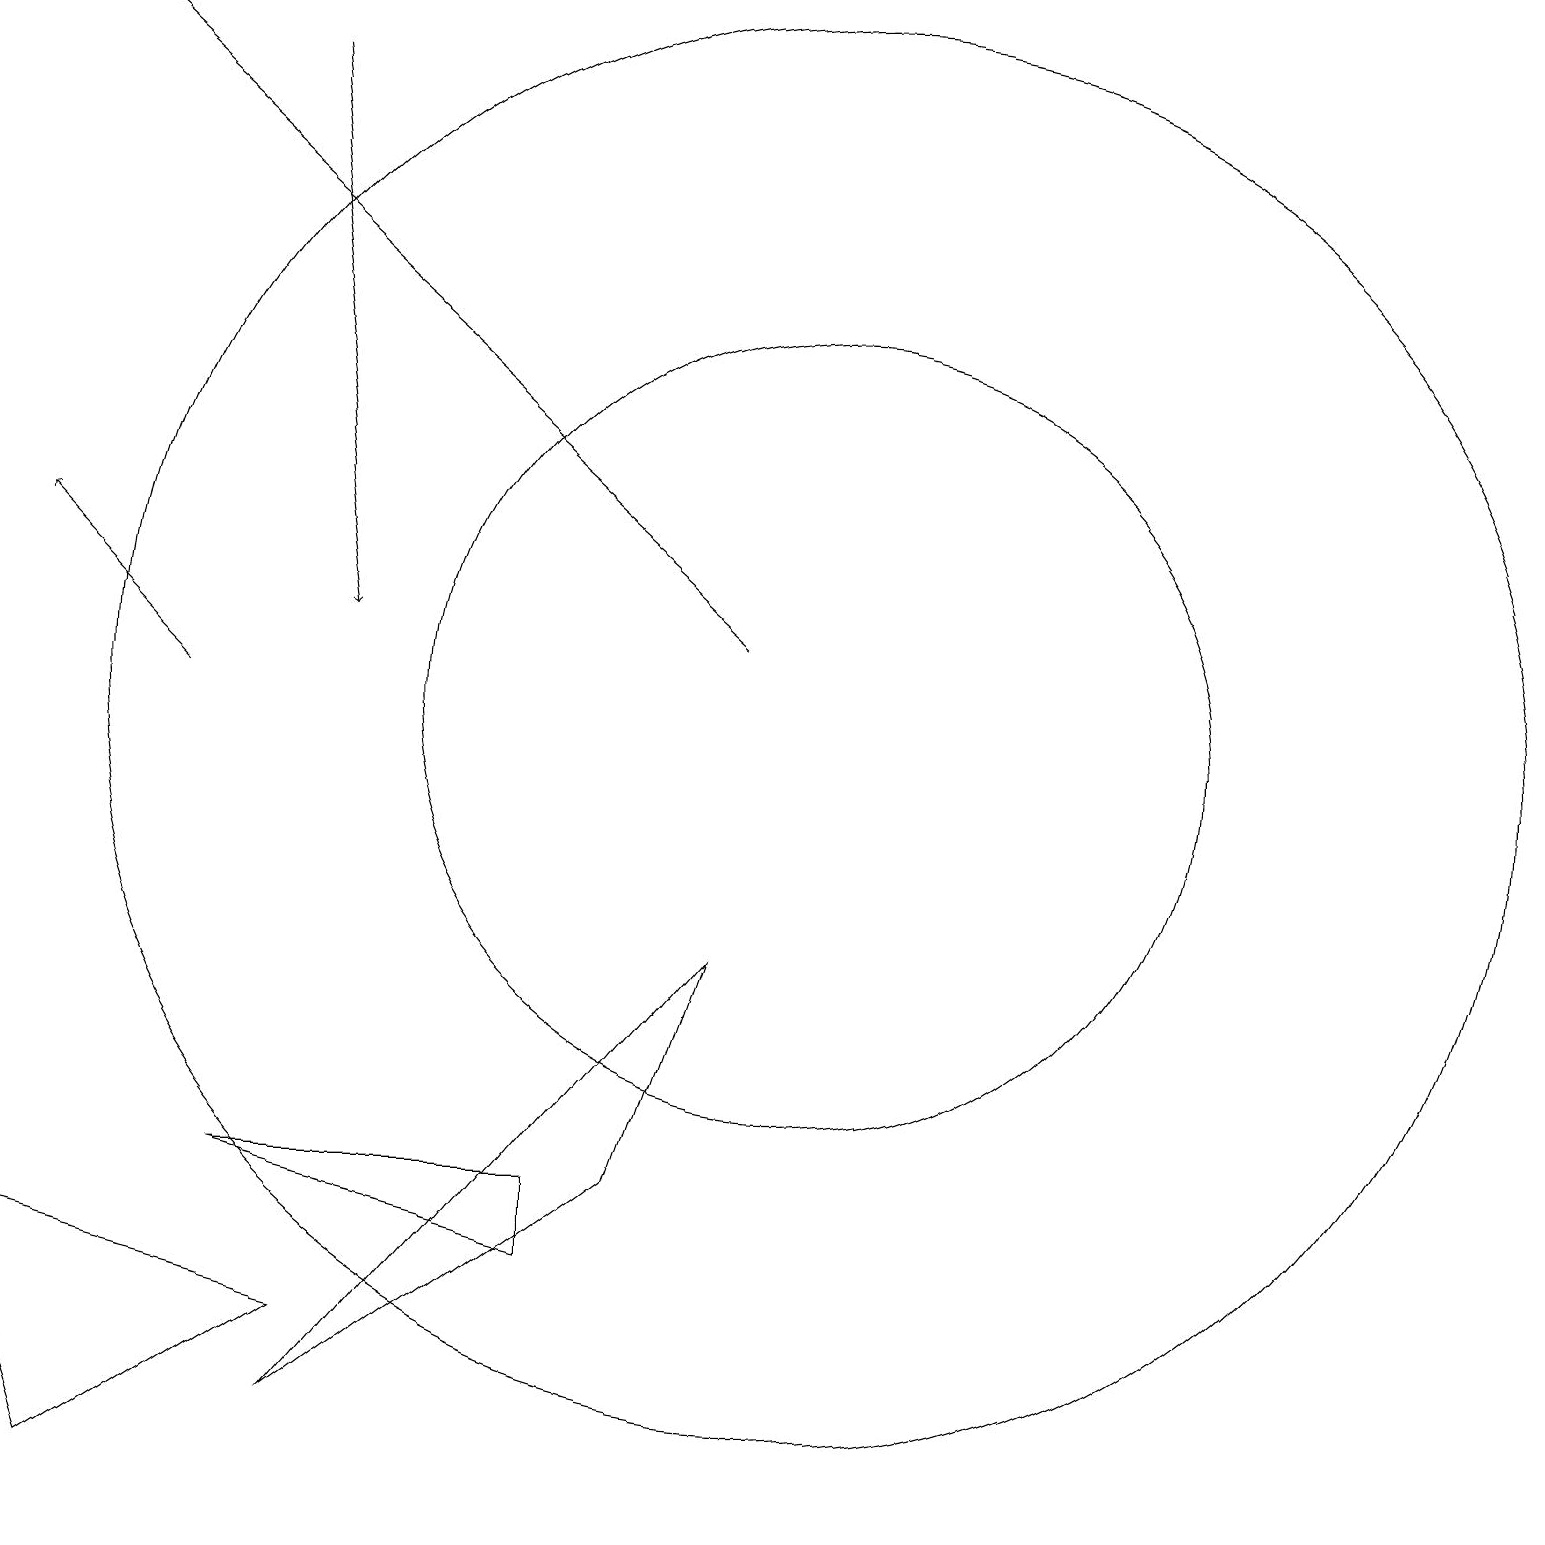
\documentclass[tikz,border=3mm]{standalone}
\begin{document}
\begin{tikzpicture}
\draw (9,7) -- (4,1) -- (8,4) -- cycle;
\draw[->] (2,10) -- (0,12);
\draw (3,4) -- (7,4) -- (7,3) -- cycle;
\draw (10,10) circle (9);
\draw (1,0) -- (0,3) -- (4,2) -- cycle;
\draw[->] (9,11) -- (0,19);
\draw[->] (3,18) -- (4,11);
\draw (10,10) circle (5);
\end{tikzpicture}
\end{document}